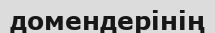
домендерінің